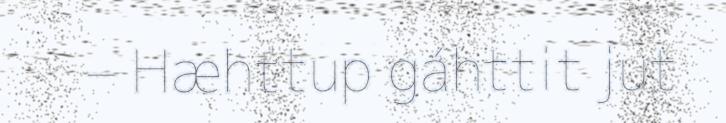
– Hæhttup gáhttit jut